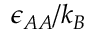
\epsilon _ { A A } / k _ { B }